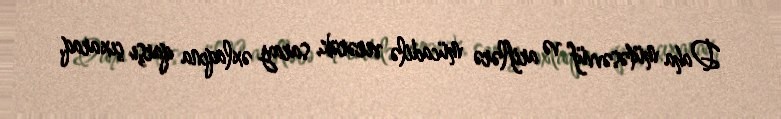
Daha mütəsəvvüf və ariflərə mücadilə verərək, saray əxlaqına qarşı çıxaraq,